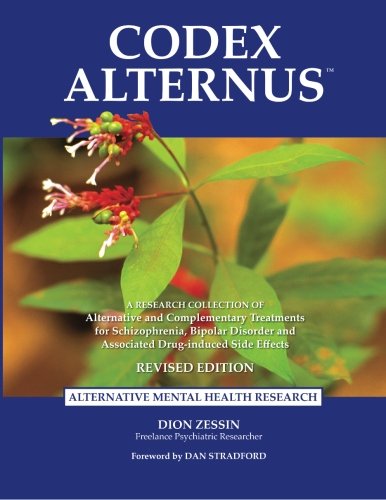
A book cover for Codex Alternus: A Research Collection Of Alternative and Complementary Treatments for Schizophrenia, Bipolar Disorder and Associated Drug-Induced Side Effects (Revised Edition); Dion Zessin; Medical Books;